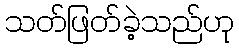
သတ်ဖြတ်ခဲ့သည်ဟု